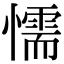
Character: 懦